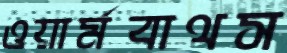
ওয়ার্মবাথস